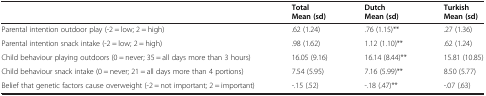
<table><thead><tr><td rowspan="2"><b> </b></td><td><b>Total</b></td><td><b>Dutch</b></td><td><b>Turkish</b></td></tr><tr><td><b>Mean (sd)</b></td><td><b>Mean (sd)</b></td><td><b>Mean (sd)</b></td></tr></thead><tbody><tr><td>Parental intention outdoor play (-2 = low; 2 = high)</td><td>.62 (1.24)</td><td>.76 (1.15)**</td><td>.27 (1.36)</td></tr><tr><td>Parental intention snack intake (-2 = low; 2 = high)</td><td>.98 (1.62)</td><td>1.12 (1.10)**</td><td>.62 (1.24)</td></tr><tr><td>Child behaviour playing outdoors (0 = never; 35 = all days more than 3 hours)</td><td>16.05 (9.16)</td><td>16.14 (8.44)**</td><td>15.81 (10.85)</td></tr><tr><td>Child behaviour snack intake (0 = never; 21 = all days more than 4 portions)</td><td>7.54 (5.95)</td><td>7.16 (5.99)**</td><td>8.50 (5.77)</td></tr><tr><td>Belief that genetic factors cause overweight (-2 = not important; 2 = important)</td><td>-.15 (.52)</td><td>-.18 (.47)**</td><td>-.07 (.63)</td></tr></tbody></table>